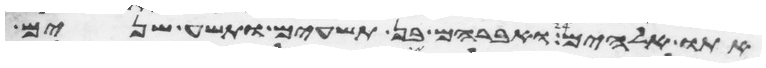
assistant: אתו אלהים ואברהם בן תשעים ותשע שנים